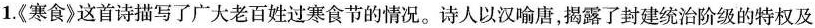
1.《寒食》这首诗描写了广大老百姓过寒食节的情况。诗人以汉喻唐，揭露了封建统治阶级的特权及